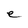
Character: e